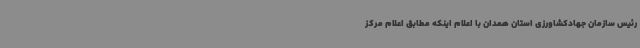
رئیس سازمان جهادکشاورزی استان همدان با اعلام اینکه مطابق اعلام مرکز